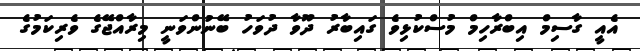
އެއީ ގާސިމް އިބްރާހިމް މުސްކުޅިވެ ގައިބާރު ދޫވާ ދުވަހު ބޭނުންވަނީ މިރާއްޖޭގެ ވެރިކަމުގެ